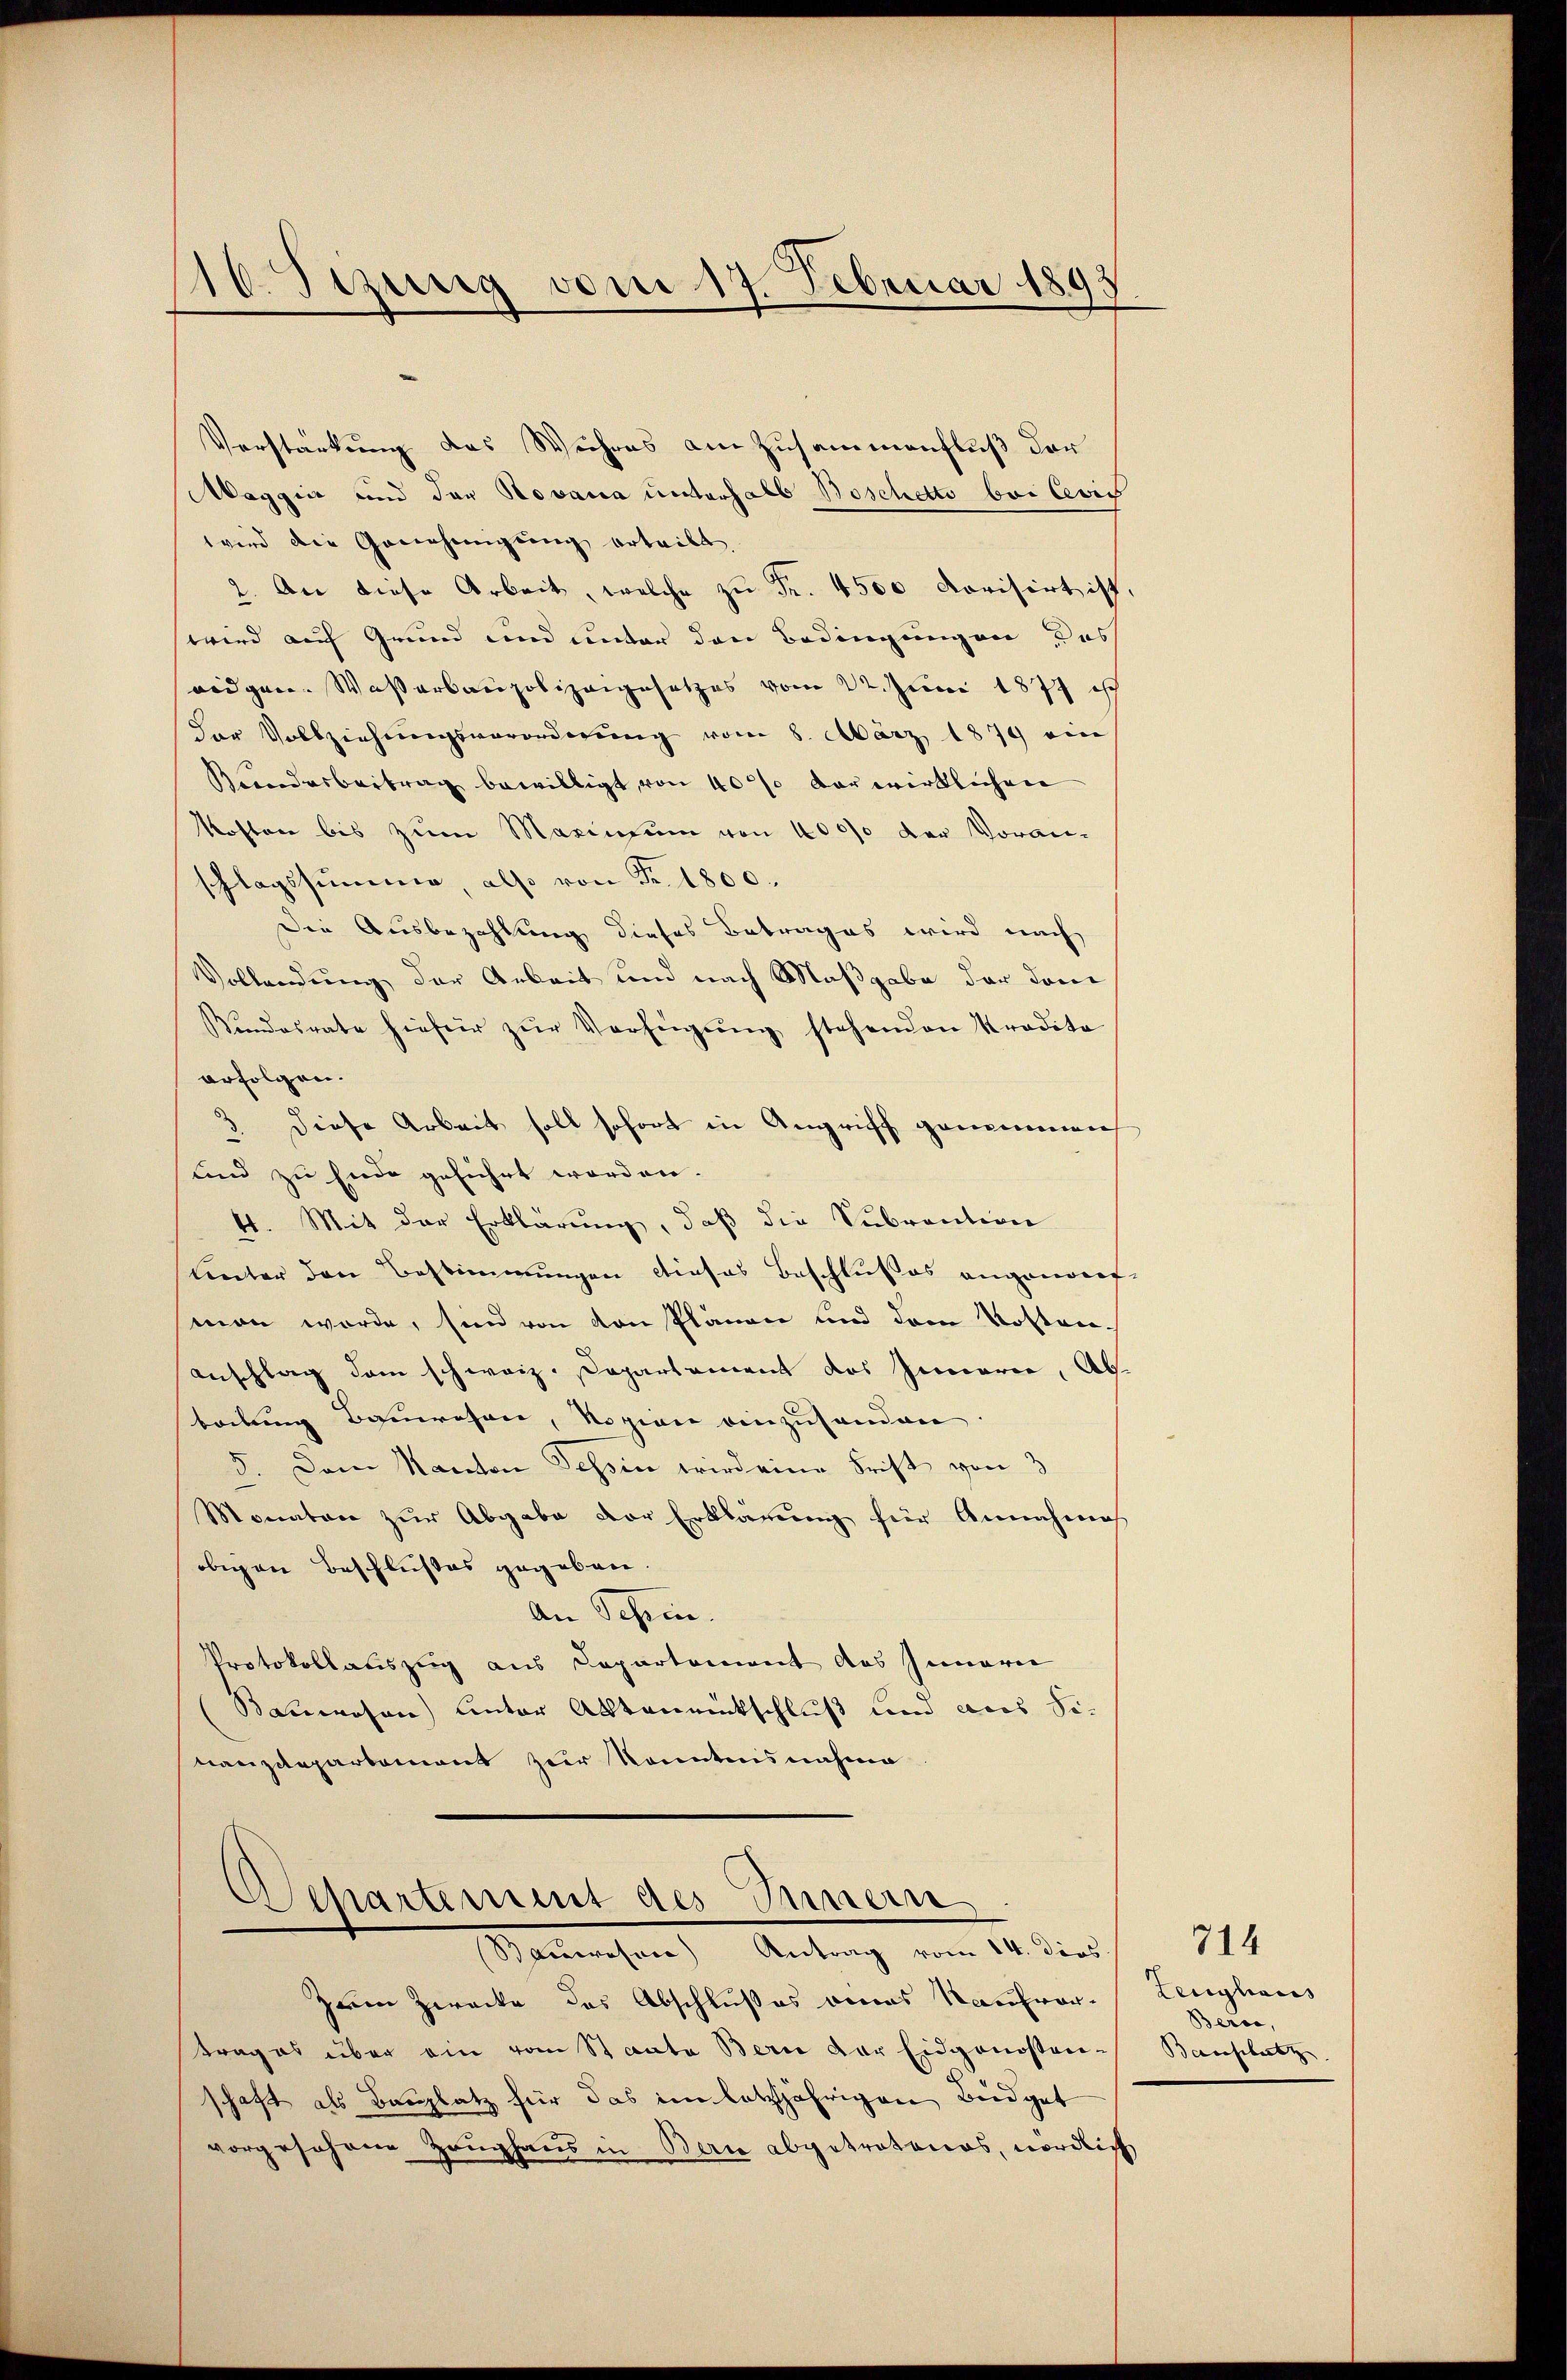
16. Sizung vom 17. Februar 1893

Verstärkung des Weihres am Zusammenfluß der
Maggia und der Novania unterhalb Boschetto bei Cevis
wird die Genehmigung erteilt.
2. An diese Arbeit, welche zu Fr. 4500 dorisirt ist.
wird auf Grund und unter den Bedingungen das
ridgen. Wasserbaupolizeigesetzes vom 22. Juni 1874 ist
Der Vollziehungsverordnŭng vom 8. März 1879 ein
Brandarbeitrag bewilligt, von 40% der wirklichen
kosten bis zum Maxinsum von 40000 der Voran-
schlagssumme, also von Fr. 1800.
Die Ausbezahlung dieses Betrages wird nach
Vollendung der Arbeit und nach Maßgabe der dane
Vindesrate hiefür zŭr Verfügŭng stehenden Kredita
erfolgen.
3. Diese Arbeit soll sofort in Angriff genommen
und zu Ende geführt worden.
4. Mit der Erklärung, daß die Subvention
Unter den Bestimmungen dieses Beschlußes angenomet
man werde, sind von von Plänen und dem Kosten-
Anschlag dem schweiz. Departement des Innerei, Abbelung Bauwesen, Rozion einzuhanden
5. Dem Kanton Tessin wird eine Frist von 3
Monator zur Abgabe der Erklärung für Annahmes
obigen Beschlußes gegeben.
An Schen.
Protokollauszug aus Departement des Innerie
Bauwesen) unter Aktenmückschluß und aus Sinanzdepartemont zur Kenntnisnahme

Departement des Innern
Sauwesen Antrag vom 14. dies

zum Zwecke des Abschlußes eines Kaufvortrages über ein vom Staate Berie der Eidgenossen-
schaft als Bauplatz für das im letztjährigen Budget
vorgesehene Zeughaus in Bern abgetretenes, nördlich

714
Leughaus
Berce,
Beschlutz